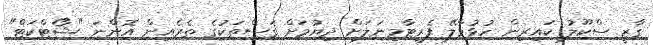
ގާޒީ ސްކޫލު ކައިރިން ހުޅުމާލޭ ފެރީޓާމިނަލަށް ދިޔުމަށް ގަސްތަކުގެ ތެރެއިން އޮންނަ "ޝޯޓްކަޓް"